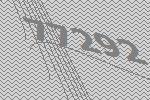
77292